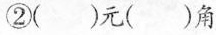
②( )元( )角